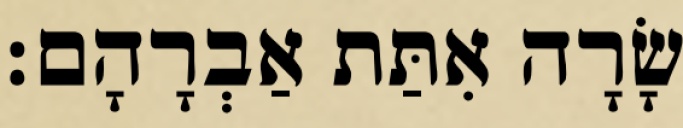
שָׂרָה אִתַּת אַבְרָהָם׃